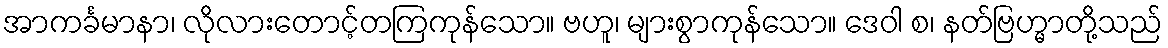
အာကင်္ခမာနာ၊ လိုလားတောင့်တကြကုန်သော။ ဗဟူ၊ များစွာကုန်သော။ ဒေဝါ စ၊ နတ်ဗြဟ္မာတို့သည်